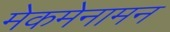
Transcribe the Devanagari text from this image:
मेकमेनामन